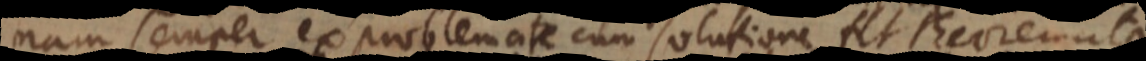
nam semper ex problemate cum solutione fit [theorema